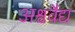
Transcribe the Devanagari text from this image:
अश्ववैद्य